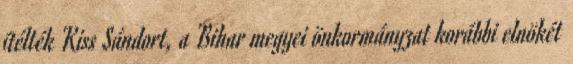
ítélték Kiss Sándort, a Bihar megyei önkormányzat korábbi elnökét